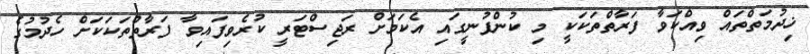
ޚިދުމަތްތައް ވިއްކަވާ ފަރާތްތަކަކީ މި ކުންފުނީގައި އެކަމަށް ރަޖިސްޓަރީ ކުރެވިފައިވާ ފަރާތްތަކަކަށް ހެދުމުގެ